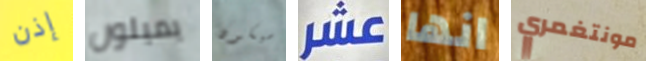
إذن يميلون سيكون عشر انها مونتغمري